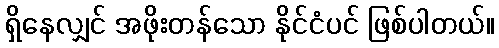
ရှိနေလျှင် အဖိုးတန်သော နိုင်ငံပင် ဖြစ်ပါတယ်။